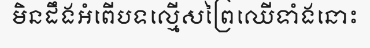
មិនដឹងអំពើបទល្មើសព្រៃឈើទាំងនោះ